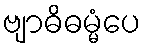
ဗျာဓိဓမ္မံပေ